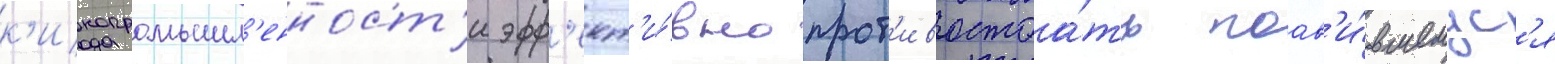
к'инопромышл'енност'и эфф'ект'и́вно прот'ивостоа́ть поав'и́вшемус'я